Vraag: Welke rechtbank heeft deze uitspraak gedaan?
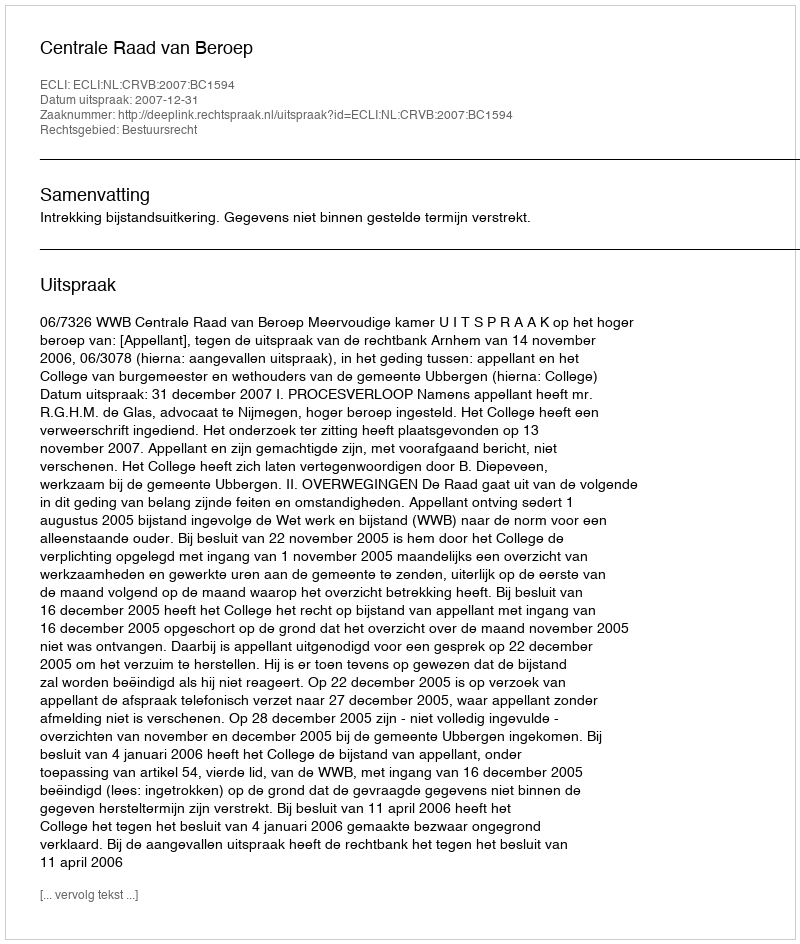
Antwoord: Centrale Raad van Beroep